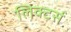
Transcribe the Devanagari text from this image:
लिक्टर्स